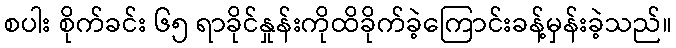
စပါး စိုက်ခင်း ၆၅ ရာခိုင်နှုန်းကိုထိခိုက်ခဲ့ကြောင်းခန့်မှန်းခဲ့သည်။